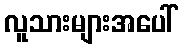
လူသားများအပေါ်